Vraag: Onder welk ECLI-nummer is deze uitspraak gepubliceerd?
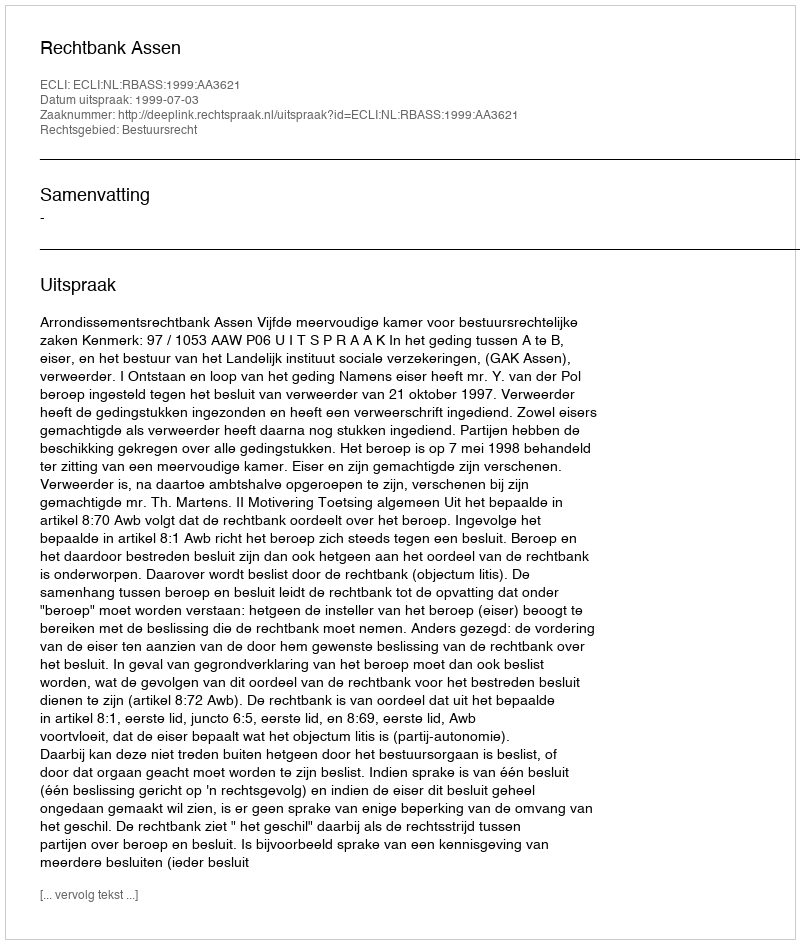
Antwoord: ECLI:NL:RBASS:1999:AA3621